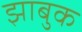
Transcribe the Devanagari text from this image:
झाबुक